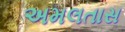
અમલતાસ